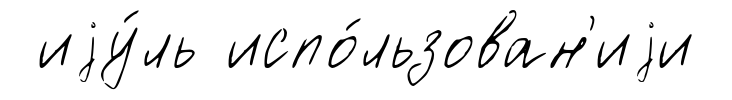
иjу́ль испо́льзован'иjи